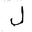
Letter: _lam